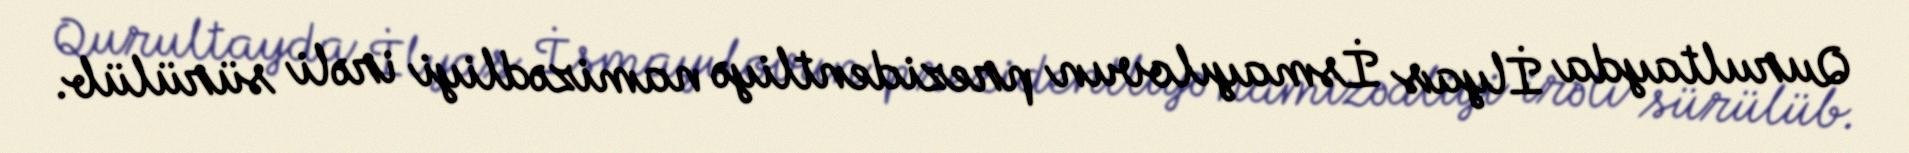
Qurultayda İlyas İsmayılovun prezidentliyə namizədliyi irəli sürülüb.